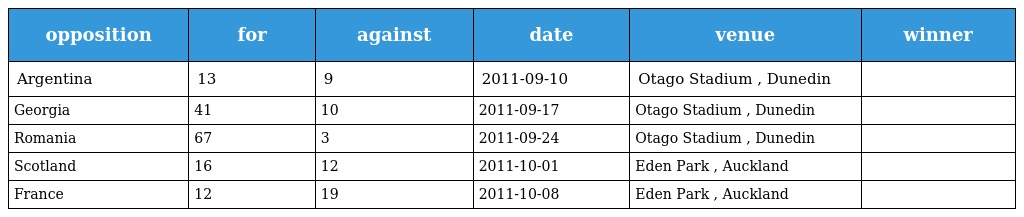
| opposition | for | against | date | venue | winner |
 | --- | --- | --- | --- | --- | --- |
 | Argentina | 13 | 9 | 2011-09-10 | Otago Stadium , Dunedin |  |
 | Georgia | 41 | 10 | 2011-09-17 | Otago Stadium , Dunedin |  |
 | Romania | 67 | 3 | 2011-09-24 | Otago Stadium , Dunedin |  |
 | Scotland | 16 | 12 | 2011-10-01 | Eden Park , Auckland |  |
 | France | 12 | 19 | 2011-10-08 | Eden Park , Auckland |  |